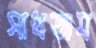
সাধতাম